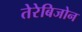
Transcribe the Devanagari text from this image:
तेरेबिजोन